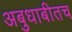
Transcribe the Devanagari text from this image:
अबुधाबीतच